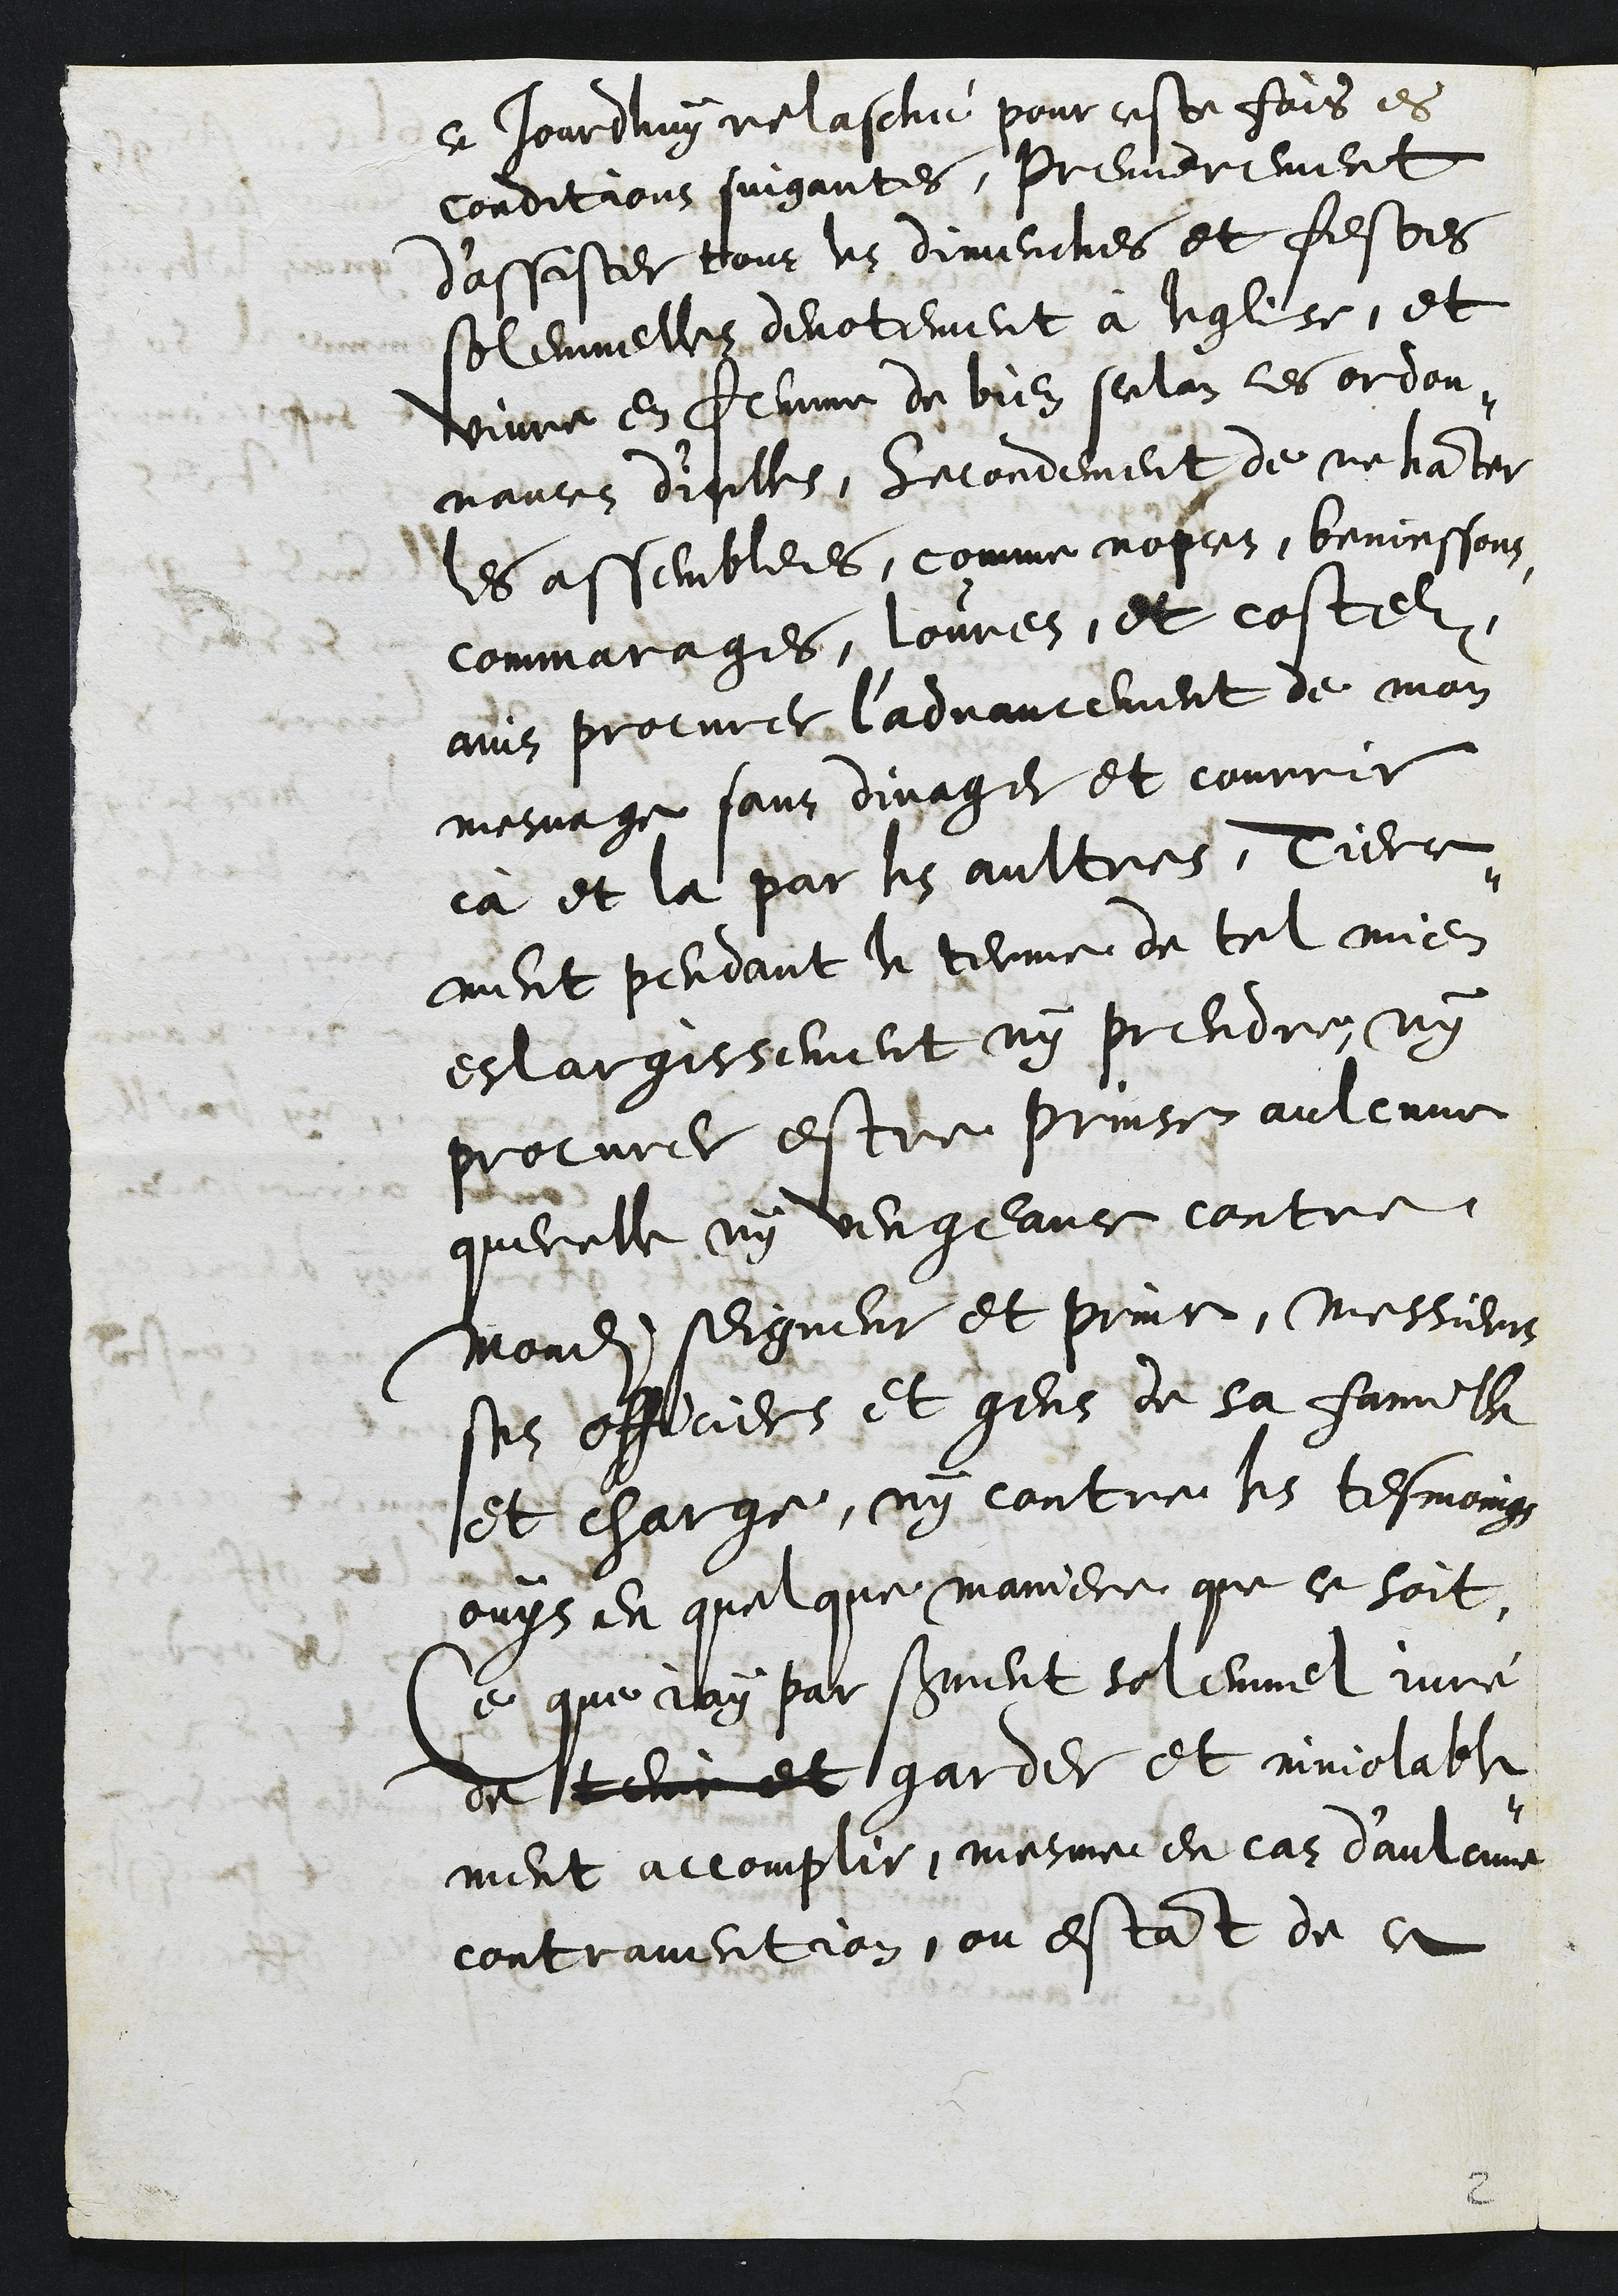
ce jourdhuy relasché pour ceste fois es
conditions suigantes, premierement
d'assister tous les dimenches et festes
solemnelles devotement à leglise, et
vivre en femme de bien selon les ordon¬
nances dicelles, Secondement de ne hanter
les assemblees, comme nopces, beniessons
commarages, lovres, et costelz,
ains procurer l'advancement de mon
mesnage sans divager et courrir
ca et la par les aultres, Tierce¬
ment pendant le terme de tel mien
eslargissement ny prendre, ny
procurer estre prinse aulcune
querelle ny vengeance contre
mondit seigneur et prince, Messieurs
ses officiers et gens de sa famille
et charge, ny contre les tesmoings
ouys en quelque maniere que ce soit,
Ce que jay par serment solemnel juré
de tenir et garder et inviolable¬
ment accomplir, mesme en cas d'aulcune
contravention, ou estant de ce

2